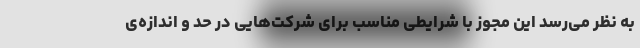
به نظر می‌رسد این مجوز با شرایطی مناسب برای شرکت‌هایی در حد و اندازه‌ی